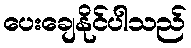
ပေးချေနိုင်ပါသည်